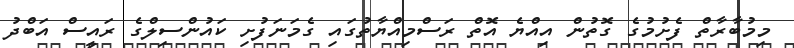
މިމުބާރާތް ފެށުމުގެ ގޮތުން އިއްޔެ އޮތް ރަސްމިއްޔާތުގައި ގެމަނަފުށި ކައުންސިލްގެ ރައީސް އަބްދު